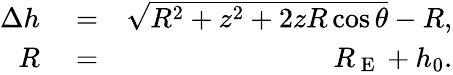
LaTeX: \begin{array}{rlr}{\Delta h}&{{}=}&{\sqrt{R^{2}+z^{2}+2zR\cos\theta}-R,}\\ {R}&{{}=}&{R_{\mathrm{~E~}}+h_{0}.}\end{array}